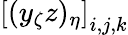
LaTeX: \left[(y_{\zeta}z)_{\eta}\right]_{i,j,k}